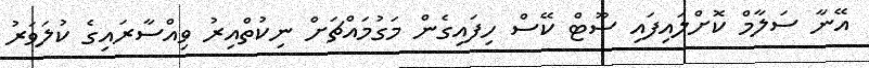
އޭނާ ސަލާމް ކޮށްލައިފައި ސޫޓް ކޭސް ހިފައިގެން މަގުމައްޗަށް ނިކުތްއިރު ވިއްސާރައިގެ ކުލަވަރު